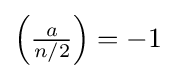
\left({\tfrac {a}{n/2}}\right)=-1